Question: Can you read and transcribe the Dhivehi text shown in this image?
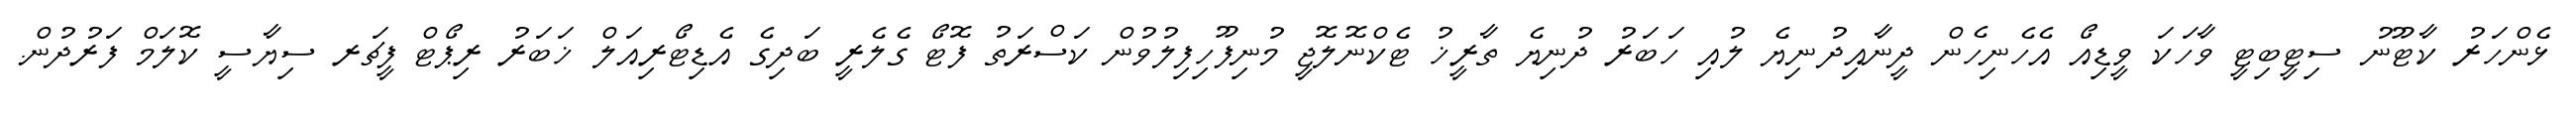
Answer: ޅެންހަރު ކާޓޫނު ސިޓީބިޓީ ވާހަކަ ވީޑިއޯ އެހެނިހެން ދީނާއިދުނިޔެ ލުއި ހަބަރު ދުނިޔެ ތާރީޚު ޓެކްނޮލޮޖީ މުނިފޫހިފިލުވުން ކަސްރަތު ފޮޓޯ ގެލެރީ ބަދިގެ އެޑިޓޯރިއަލް ޚަބަރު ރިޕޯޓް ފީޗަރ ސިޔާސީ ކޮލަމް ފަރުދުން.